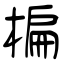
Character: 楄